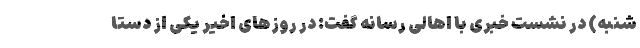
شنبه) در نشست خبری با اهالی رسانه گفت: در روزهای اخیر یکی از دستا